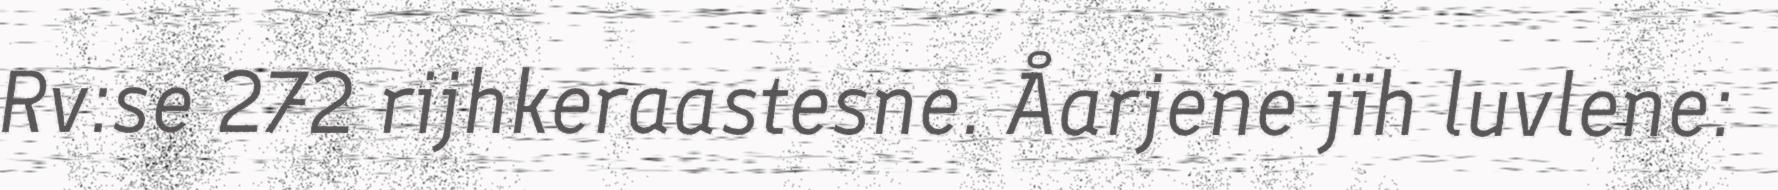
Rv:se 272 rijhkeraastesne. Åarjene jïh luvlene: